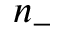
n _ { - }